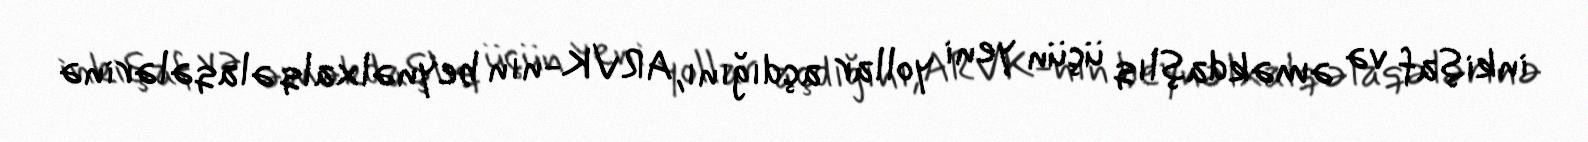
inkişaf və əməkdaşlıq üçün yeni yollar açdığını, ARVK-nın beynəlxalq əlaqələrinə